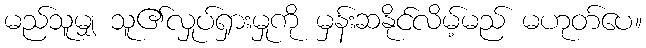
မည်သူမျှ သူ၏လှုပ်ရှားမှုကို မှန်းဆနိုင်လိမ့်မည် မဟုတ်ပေ။